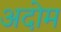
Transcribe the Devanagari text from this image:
अदोम